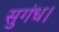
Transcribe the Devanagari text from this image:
सुगंध।